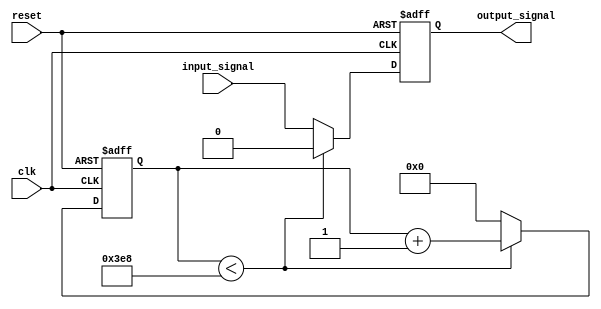
module LatchDelay (
    input wire clk,
    input wire reset,
    input wire input_signal,
    output reg output_signal
);

reg [31:0] delay_counter;

always @ (posedge clk or posedge reset) begin
    if (reset) begin
        delay_counter <= 0;
        output_signal <= 0;
    end else begin
        if (delay_counter < 1000) begin // 1000 is the designated period of time
            delay_counter <= delay_counter + 1;
            output_signal <= 0;
        end else begin
            delay_counter <= 0;
            output_signal <= input_signal;
        end
    end
end

endmodule